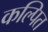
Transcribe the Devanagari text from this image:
कल्‍पित